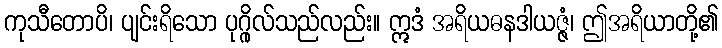
ကုသီတောပိ၊ ပျင်းရိသော ပုဂ္ဂိုလ်သည်လည်း။ ဣဒံ အရိယဓနဒါယဇ္ဇံ၊ ဤအရိယာတို့၏